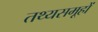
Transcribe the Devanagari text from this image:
तथ्यसमूहों